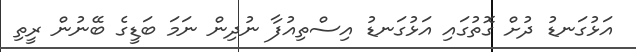
އަޅުގަނޑު ދުށް ގޮތުގައި އަޅުގަނޑު އިސްތިއުފާ ނުދިން ނަމަ ބަޑީގެ ބޭނުން ރީތި